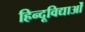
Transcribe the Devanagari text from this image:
हिन्दूविद्याओं